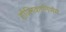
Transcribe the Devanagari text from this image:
होलिकानिर्णय